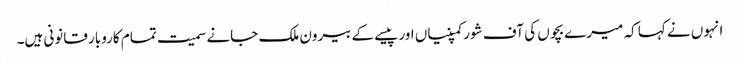
انہوں نے کہا کہ میرے بچوں کی آف شورکمپنیاں اور پیسے کے بیرون ملک جانے سمیت تمام کاروبار قانونی ہیں۔